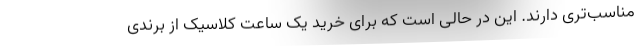
مناسب‌تری دارند. این در حالی است که برای خرید یک ساعت کلاسیک از برندی